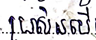
ប្រសិនបើ